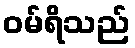
ဝမ်ရိသည်